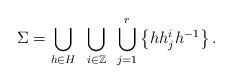
LaTeX: \begin{align*}\Sigma= \bigcup_{h \in H} ~ \bigcup_{i \in \mathbb Z} ~ \bigcup_{j = 1}^r\left \{ hh_j^ih^{-1}\right\}. \end{align*}